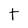
Character: t